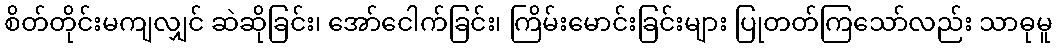
စိတ်တိုင်းမကျလျှင် ဆဲဆိုခြင်း၊ အော်ငေါက်ခြင်း၊ ကြိမ်းမောင်းခြင်းများ ပြုတတ်ကြသော်လည်း သာဓုမူ